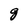
Character: g